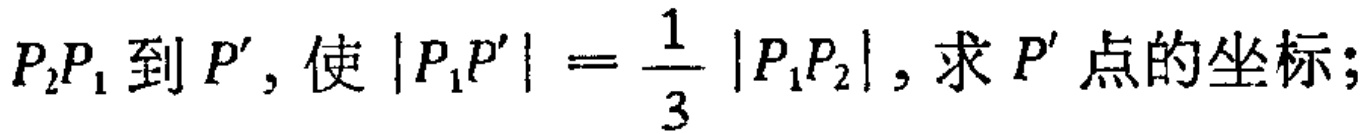
$P_{2}P_{1}到P',使|P_{1}P'|=\frac{1}{3}|P_{1}P_{2}|,求P'点的坐标;$